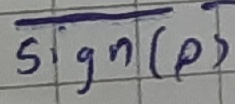
Text: sign(p)